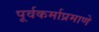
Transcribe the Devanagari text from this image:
पूर्वकर्माप्रमाणे